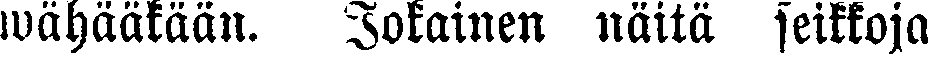
wähääkään. Jokainen näitä seikkoja